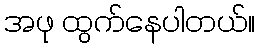
အဖု ထွက်နေပါတယ်။